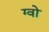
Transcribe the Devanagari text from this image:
ग्वो